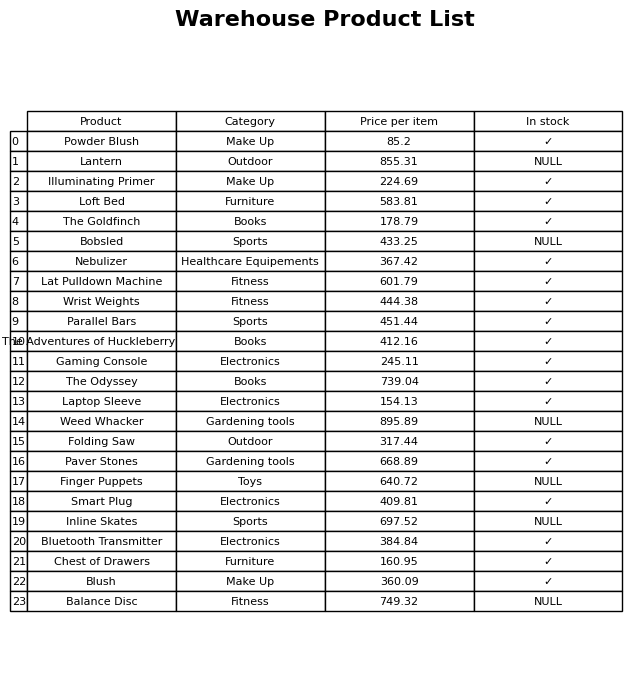
question: What is the price of the Finger Puppets?
answer: The price of Finger Puppets is 640.72.